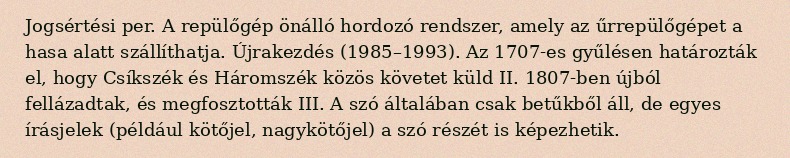
Jogsértési per. A repülőgép önálló hordozó rendszer, amely az űrrepülőgépet a hasa alatt szállíthatja. Újrakezdés (1985–1993). Az 1707-es gyűlésen határozták el, hogy Csíkszék és Háromszék közös követet küld II. 1807-ben újból fellázadtak, és megfosztották III. A szó általában csak betűkből áll, de egyes írásjelek (például kötőjel, nagykötőjel) a szó részét is képezhetik.